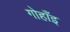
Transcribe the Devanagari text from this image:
गोहाँइ